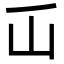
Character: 屲